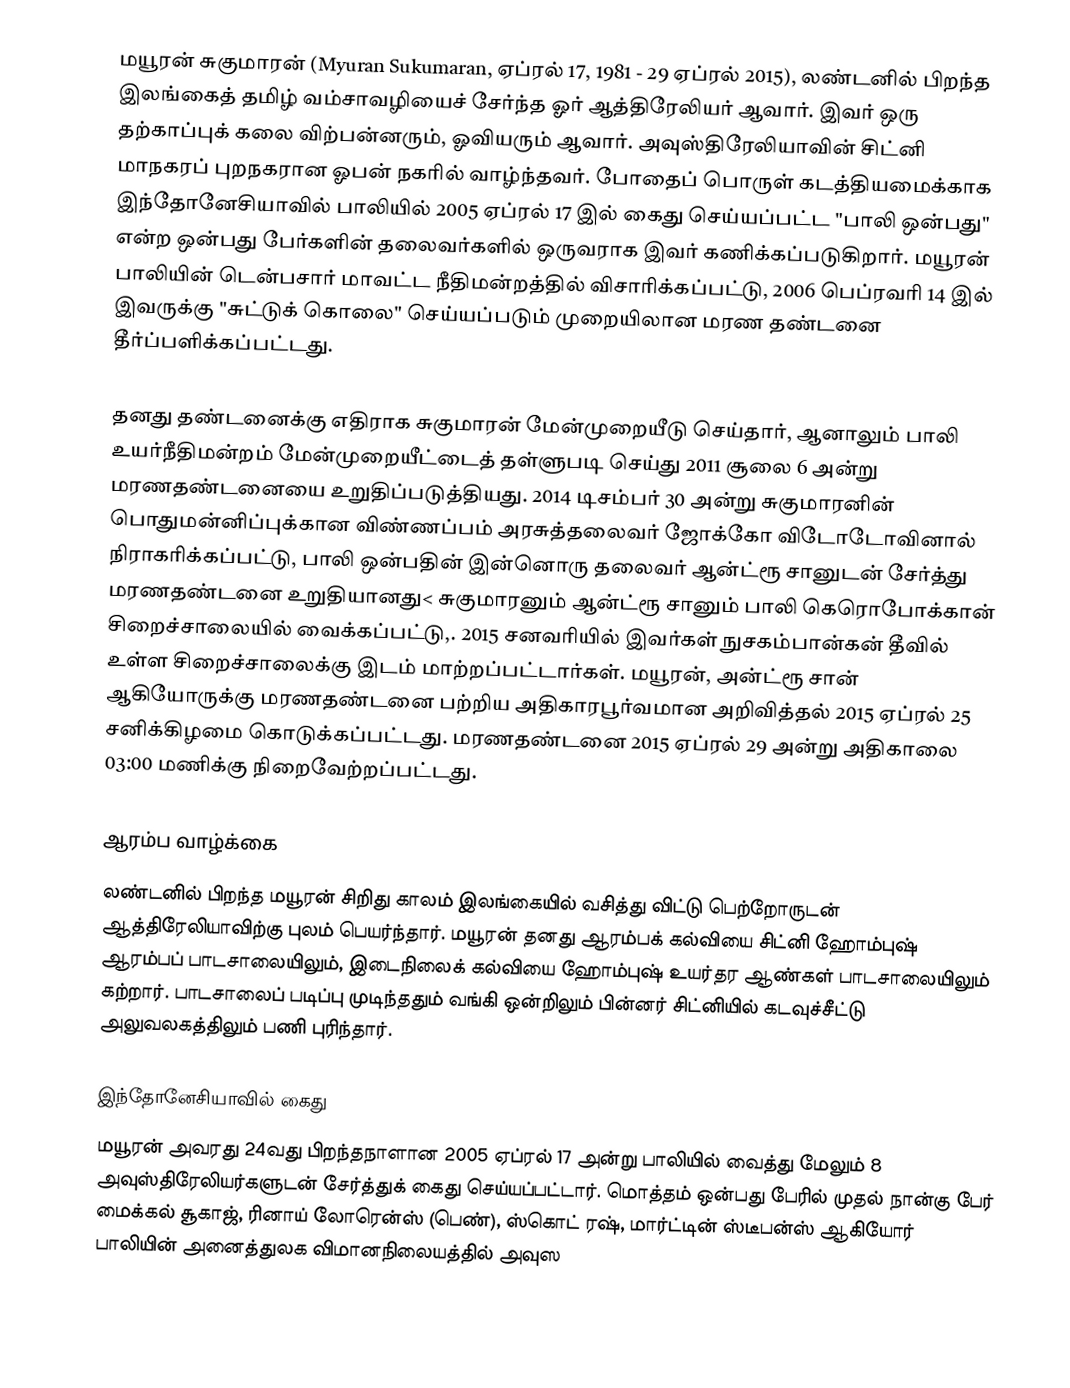
மயூரன் சுகுமாரன் (Myuran Sukumaran, ஏப்ரல் 17, 1981 - 29 ஏப்ரல் 2015), லண்டனில் பிறந்த இலங்கைத் தமிழ் வம்சாவழியைச் சேர்ந்த ஓர் ஆத்திரேலியர் ஆவார். இவர் ஒரு தற்காப்புக் கலை விற்பன்னரும், ஓவியரும் ஆவார். அவுஸ்திரேலியாவின் சிட்னி மாநகரப் புறநகரான ஓபன் நகரில் வாழ்ந்தவர். போதைப் பொருள் கடத்தியமைக்காக இந்தோனேசியாவில் பாலியில் 2005 ஏப்ரல் 17 இல் கைது செய்யப்பட்ட "பாலி ஒன்பது" என்ற ஒன்பது பேர்களின் தலைவர்களில் ஒருவராக இவர் கணிக்கப்படுகிறார். மயூரன் பாலியின் டென்பசார் மாவட்ட நீதிமன்றத்தில் விசாரிக்கப்பட்டு, 2006 பெப்ரவரி 14 இல் இவருக்கு "சுட்டுக் கொலை" செய்யப்படும் முறையிலான மரண தண்டனை தீர்ப்பளிக்கப்பட்டது.

தனது தண்டனைக்கு எதிராக சுகுமாரன் மேன்முறையீடு செய்தார், ஆனாலும் பாலி உயர்நீதிமன்றம் மேன்முறையீட்டைத் தள்ளுபடி செய்து 2011 சூலை 6 அன்று மரணதண்டனையை உறுதிப்படுத்தியது. 2014 டிசம்பர் 30 அன்று சுகுமாரனின் பொதுமன்னிப்புக்கான விண்ணப்பம் அரசுத்தலைவர் ஜோக்கோ விடோடோவினால் நிராகரிக்கப்பட்டு, பாலி ஒன்பதின் இன்னொரு தலைவர் ஆன்ட்ரூ சானுடன் சேர்த்து மரணதண்டனை உறுதியானது< சுகுமாரனும் ஆன்ட்ரூ சானும் பாலி கெரொபோக்கான் சிறைச்சாலையில் வைக்கப்பட்டு,. 2015 சனவரியில் இவர்கள் நுசகம்பான்கன் தீவில் உள்ள சிறைச்சாலைக்கு இடம் மாற்றப்பட்டார்கள். மயூரன், அன்ட்ரூ சான் ஆகியோருக்கு மரணதண்டனை பற்றிய அதிகாரபூர்வமான அறிவித்தல் 2015 ஏப்ரல் 25 சனிக்கிழமை கொடுக்கப்பட்டது. மரணதண்டனை 2015 ஏப்ரல் 29 அன்று அதிகாலை 03:00 மணிக்கு நிறைவேற்றப்பட்டது.

ஆரம்ப வாழ்க்கை
லண்டனில் பிறந்த மயூரன் சிறிது காலம் இலங்கையில் வசித்து விட்டு பெற்றோருடன் ஆத்திரேலியாவிற்கு புலம் பெயர்ந்தார். மயூரன் தனது ஆரம்பக் கல்வியை சிட்னி ஹோம்புஷ் ஆரம்பப் பாடசாலையிலும், இடைநிலைக் கல்வியை ஹோம்புஷ் உயர்தர ஆண்கள் பாடசாலையிலும் கற்றார். பாடசாலைப் படிப்பு முடிந்ததும் வங்கி ஒன்றிலும் பின்னர் சிட்னியில் கடவுச்சீட்டு அலுவலகத்திலும் பணி புரிந்தார்.

இந்தோனேசியாவில் கைது
மயூரன் அவரது 24வது பிறந்தநாளான 2005 ஏப்ரல் 17 அன்று பாலியில் வைத்து மேலும் 8 அவுஸ்திரேலியர்களுடன் சேர்த்துக் கைது செய்யப்பட்டார். மொத்தம் ஒன்பது பேரில் முதல் நான்கு பேர் மைக்கல் சூகாஜ், ரினாய் லோரென்ஸ் (பெண்), ஸ்கொட் ரஷ், மார்ட்டின் ஸ்டீபன்ஸ் ஆகியோர் பாலியின் அனைத்துலக விமானநிலையத்தில் அவுஸ